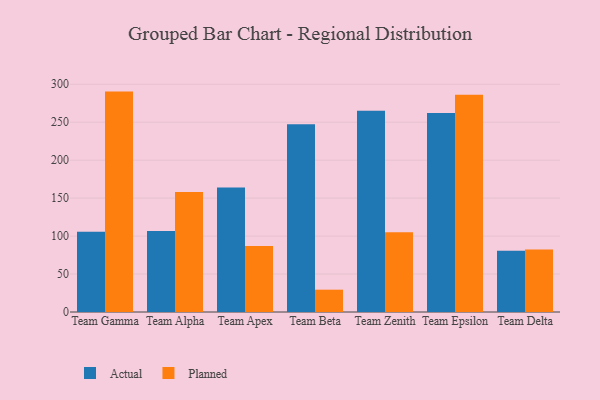
{"axis": {"x": "Team", "y": "Churn Rate (%)"}, "legend": ["Actual", "Planned"], "data": [{"x": "Team Gamma", "y": 105.6, "type": "Actual"}, {"x": "Team Gamma", "y": 290.3, "type": "Planned"}, {"x": "Team Alpha", "y": 106.8, "type": "Actual"}, {"x": "Team Alpha", "y": 158.2, "type": "Planned"}, {"x": "Team Apex", "y": 163.9, "type": "Actual"}, {"x": "Team Apex", "y": 87.0, "type": "Planned"}, {"x": "Team Beta", "y": 247.3, "type": "Actual"}, {"x": "Team Beta", "y": 29.4, "type": "Planned"}, {"x": "Team Zenith", "y": 265.2, "type": "Actual"}, {"x": "Team Zenith", "y": 104.9, "type": "Planned"}, {"x": "Team Epsilon", "y": 262.1, "type": "Actual"}, {"x": "Team Epsilon", "y": 286.0, "type": "Planned"}, {"x": "Team Delta", "y": 80.8, "type": "Actual"}, {"x": "Team Delta", "y": 82.4, "type": "Planned"}]}